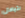
لتبادل